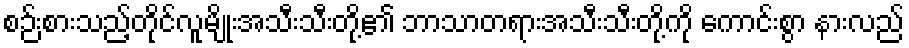
စဉ်းစားသည့်တိုင်လူမျိုးအသီးသီးတို့၏ ဘာသာတရားအသီးသီးတို့ကို ကောင်းစွာ နားလည်